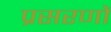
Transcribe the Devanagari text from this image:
प्रसरणों